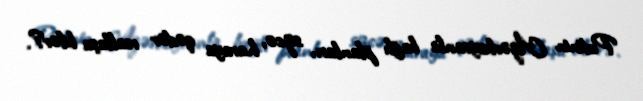
Putinin Azərbaycanla bağlı planları, sizcə, haraya qədər reallaşa bilər?.